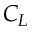
C _ { L }